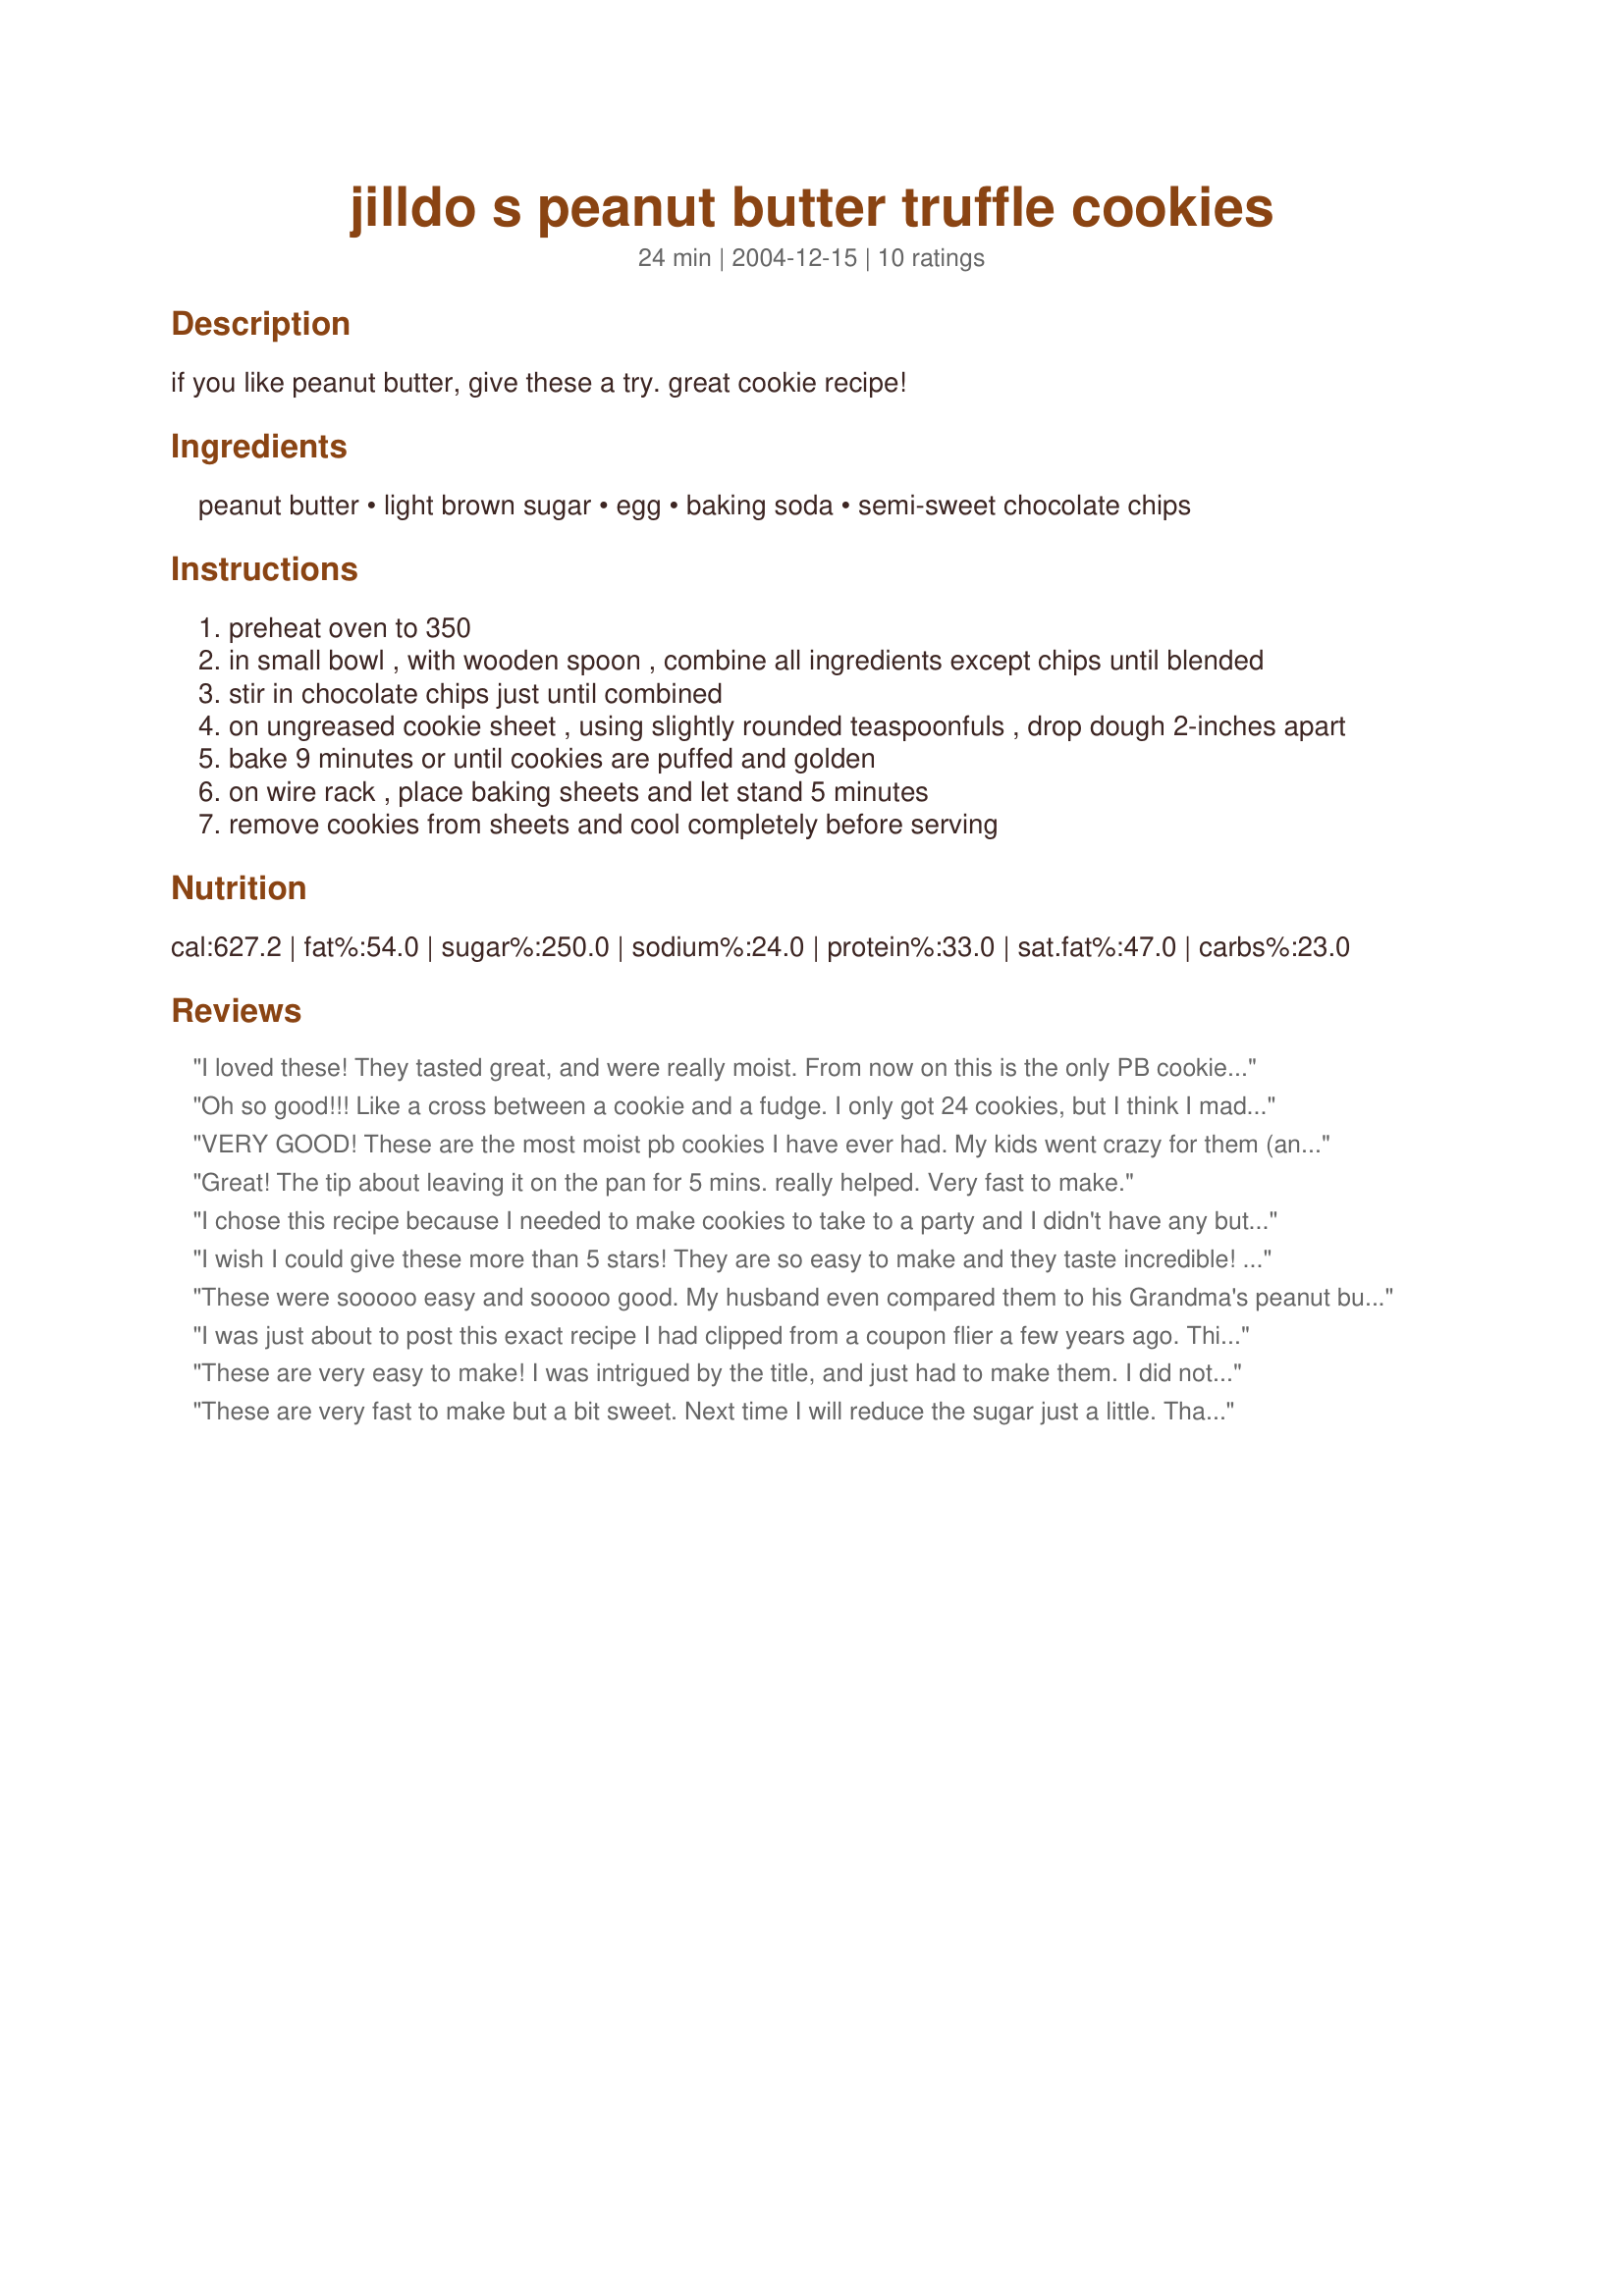
jilldo s peanut butter truffle cookies
Preparation time: 24 minutes

if you like peanut butter, give these a try. great cookie recipe!

Ingredients:
peanut butter, light brown sugar, egg, baking soda, semi-sweet chocolate chips

Steps:
preheat oven to 350
in small bowl , with wooden spoon , combine all ingredients except chips until blended
stir in chocolate chips just until combined
on ungreased cookie sheet , using slightly rounded teaspoonfuls , drop dough 2-inches apart
bake 9 minutes or until cookies are puffed and golden
on wire rack , place baking sheets and let stand 5 minutes
remove cookies from sheets and cool completely before serving

Reviews:
I loved these! They tasted great, and were really moist. From now on this is the only PB cookie I'll make. It is soooo good and sooo easy! I agree to not flatten at all on the cookie sheet because they flatten out on their own, and turn out looking great! Why use those longer ingrediant list recipes, that don't taste as peanut buttery?
Oh so good!!! Like a cross between a cookie and a fudge. I only got 24 cookies, but I think I made them a little on the large size. This was very easy!!!!
VERY GOOD! These are the most moist pb cookies I have ever had. My kids went crazy for them (and my daughter isn't such a pb fan.) I rolled the dough into balls, which I would recommend, as they flattened out quite a bit in cooking. Great recipe.
Great! The tip about leaving it on the pan for 5 mins. really helped. Very fast to make.
I chose this recipe because I needed to make cookies to take to a party and I didn't have any butter. I was surprised this recipe didn't call for flour, but they mixed up very quickly. I have other recipes I like better than this one, but when I took them to my party, the girls ate them all and 2 people asked for the recipe so I had to go with 5 stars!
I wish I could give these more than 5 stars! They are so easy to make and they taste incredible! I get RAVE reviews every time I make them! Thanks for a great recipe!
These were sooooo easy and sooooo good. My husband even compared them to his Grandma's peanut butter cookies. I can't believe they taste so good with only 5 ingredients. Thanks pinkie.
I was just about to post this exact recipe I had clipped from a coupon flier a few years ago. This one is from Skippy peanut butter and it's the same right down to the instructions. These are very very good cookies. They are a bit on the sweet side, but I prefer PB cookies sweet. Thanks Pinkie
These are very easy to make! I was intrigued by the title, and just had to make them. I did not use choc. chips, but did add 1/4 tsp. of cinnamon. I also chose to sandwich some marshmallow creme between the dough. Yum! Thanks for posting, pinkie!
These are very fast to make but a bit sweet. Next time I will reduce the sugar just a little. Thanks for the recipe
